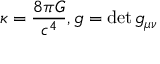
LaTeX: \kappa = { \frac { 8 \pi G } { c ^ { 4 } } } , g = \operatorname* { d e t } g _ { \mu \nu }